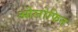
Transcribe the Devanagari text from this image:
ओलोफिन